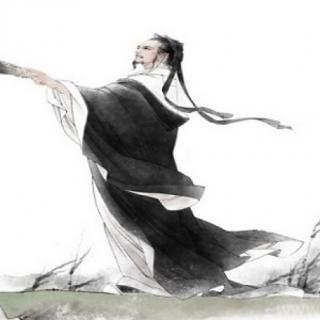
时来天地皆同力，运去英雄不自由。